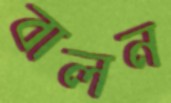
বালন